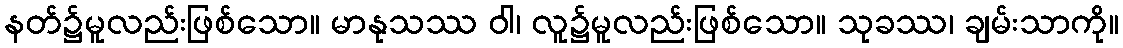
နတ်၌မူလည်းဖြစ်သော။ မာနုသဿ ဝါ၊ လူ၌မူလည်းဖြစ်သော။ သုခဿ၊ ချမ်းသာကို။